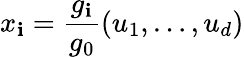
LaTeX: x_{\mathbf{i}}={\frac{{g_{\mathbf{i}}}}{{g_{0}}}}(u_{1},\ldots,u_{d})